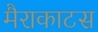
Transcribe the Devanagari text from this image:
मैराकाटस